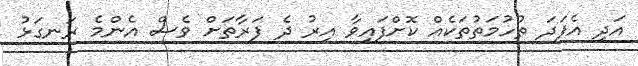
އަދި އެފަދަ ތުހުމަތުތަކެއް ކޮށްފައިވާ އިރު ދެ ފަރާތަށް ވެސް އެންމެ ރަނގަޅު